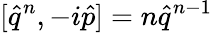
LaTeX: [\hat{q}^{n},-i\hat{p}]=n\hat{q}^{n-1}